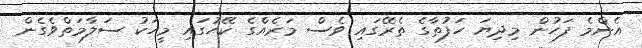
އެންމެ ފަހުން މިދިޔަ ހަފުތާގެ ތެރޭގައި ވެސް މަރެއްގެ ކޭހުގައި މީހަކު ސަލާމަތްވެގެން